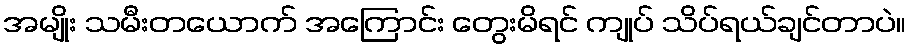
အမျိုး သမီးတယောက် အကြောင်း တွေးမိရင် ကျုပ် သိပ်ရယ်ချင်တာပဲ။